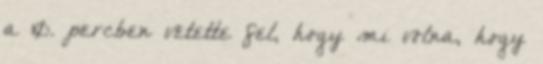
a 10. percben vetette fel, hogy mi volna, hogy